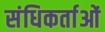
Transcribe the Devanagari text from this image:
संधिकर्ताओं